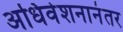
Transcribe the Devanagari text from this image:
अधिवेशनानंतर